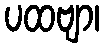
ပထဗျာ၊